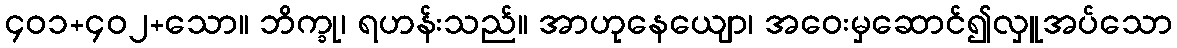
၄၀၁+၄၀၂+သော။ ဘိက္ခု၊ ရဟန်းသည်။ အာဟုနေယျော၊ အဝေးမှဆောင်၍လှူအပ်သော